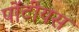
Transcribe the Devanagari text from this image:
पोंटीयस